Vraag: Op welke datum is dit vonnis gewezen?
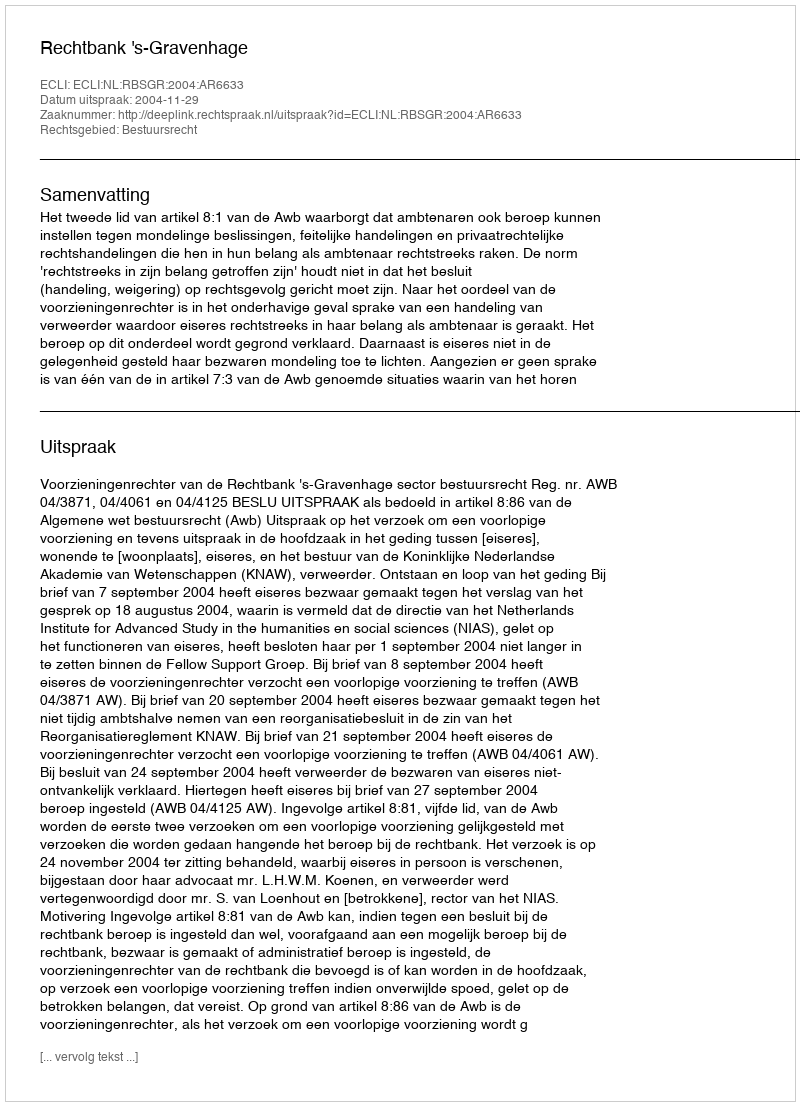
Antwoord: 2004-11-29